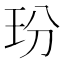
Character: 玢